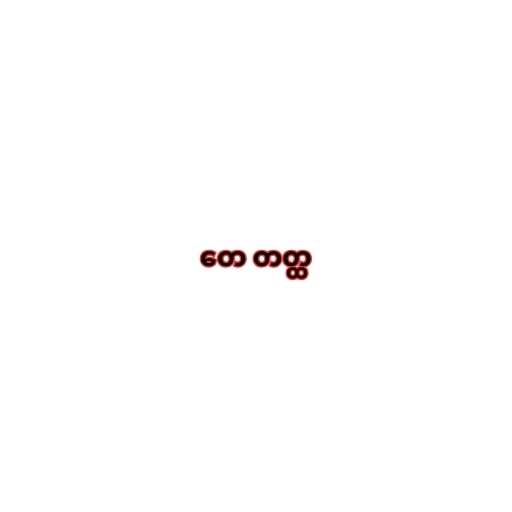
တေ တတ္ထ